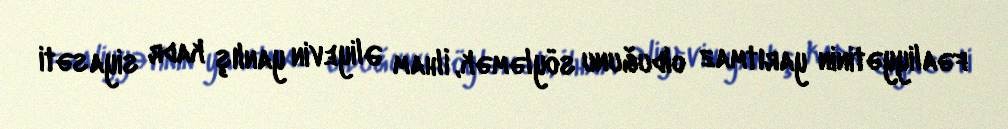
fəaliyyətinin yarıtmaz olduğunu söyləmək, İlham Əliyevin yanlış kadr siyasəti